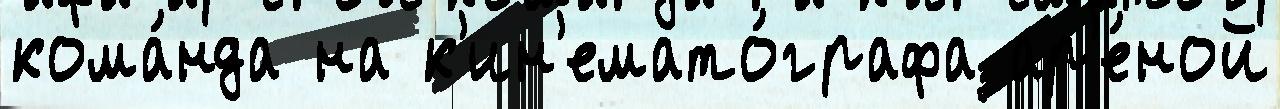
кома́нда на к'ин'емато́графа ар'е́ной